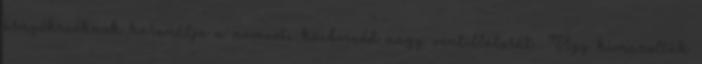
árnyékszéknek használja a nemzeti közbeszéd nagy ventillátorát. Úgy kimaxolták